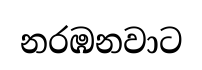
නරඹනවාට